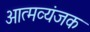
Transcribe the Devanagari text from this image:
आत्मव्यंजक